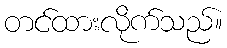
တင်ထားလိုက်သည်။